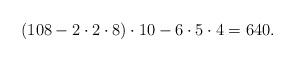
LaTeX: \begin{align*}(108- 2\cdot2\cdot8)\cdot 10-6\cdot 5\cdot 4=640.\end{align*}